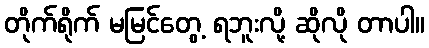
တိုက်ရိုက် မမြင်တွေ့ ရဘူးလို့ ဆိုလို တာပါ။